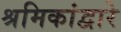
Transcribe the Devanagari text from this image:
श्रमिकांद्वारे